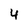
Character: 4